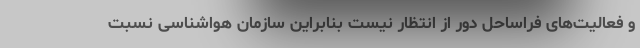
و فعالیت‌های فراساحل دور از انتظار نیست بنابراین سازمان هواشناسی نسبت